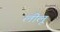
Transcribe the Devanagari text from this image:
लीलू